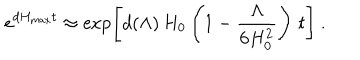
e ^ { d H _ { \mathrm { m a x } } t } \approx \exp \left[ d ( \Lambda ) \, H _ { 0 } \left( 1 - { \frac { \Lambda } { 6 H _ { 0 } ^ { 2 } } } \right) \, t \right] \ .